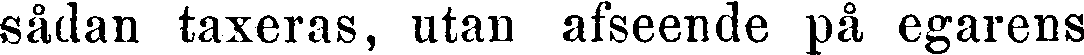
sådan taxeras, utan afseende på egarens